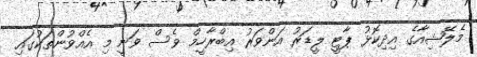
މެލޭޝިއާގެ އިދިކޮޅު ޕާޓީ ލީޑަރު އަންވަރު އިބްރާހީމް ވެސް ވަނީ މި އެއްވުންތަކުގައި